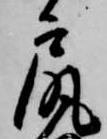
尻